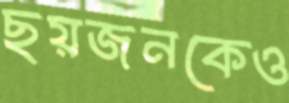
ছয়জনকেও